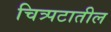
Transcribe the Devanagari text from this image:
चित्र्पटातील